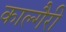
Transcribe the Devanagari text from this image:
काल्गैरी